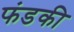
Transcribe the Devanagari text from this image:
फंडकी